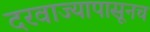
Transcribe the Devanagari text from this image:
दरवाज्यापासूनच